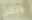
ولكن